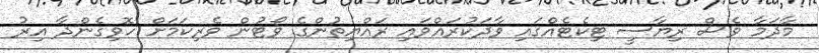
މާދަމާ ވެސް ރިޔާސީ ޓިކެޓެއްގައި ވާދަކުރައްވައި ރައްޔިތުންގެ ވޯޓުން ވެރިކަމަށް ހޮވިގެންދާ އިރު